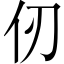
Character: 仞